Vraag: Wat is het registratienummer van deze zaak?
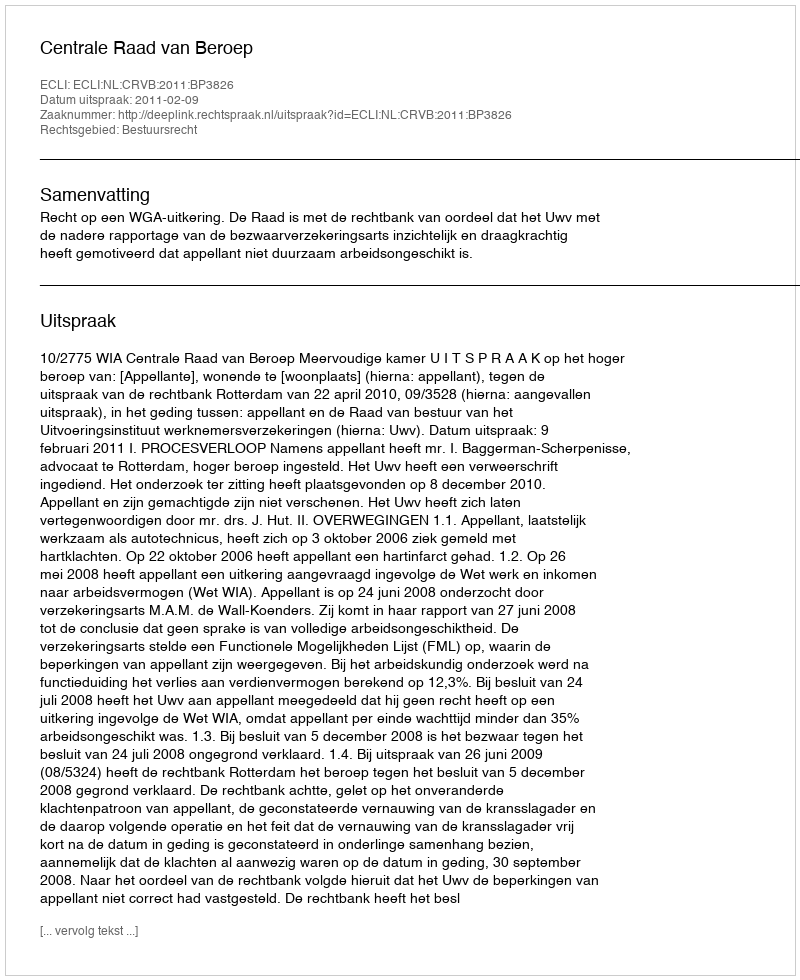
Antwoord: http://deeplink.rechtspraak.nl/uitspraak?id=ECLI:NL:CRVB:2011:BP3826